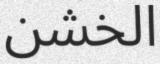
الخشن